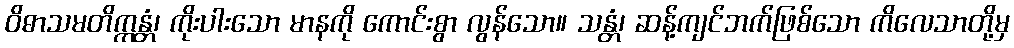
ဝိဓာသမတိက္ကန္တံ၊ ကိုးပါးသော မာနကို ကောင်းစွာ လွန်သော။ သန္တံ၊ ဆန့်ကျင်ဘက်ဖြစ်သော ကိလေသာတို့မှ